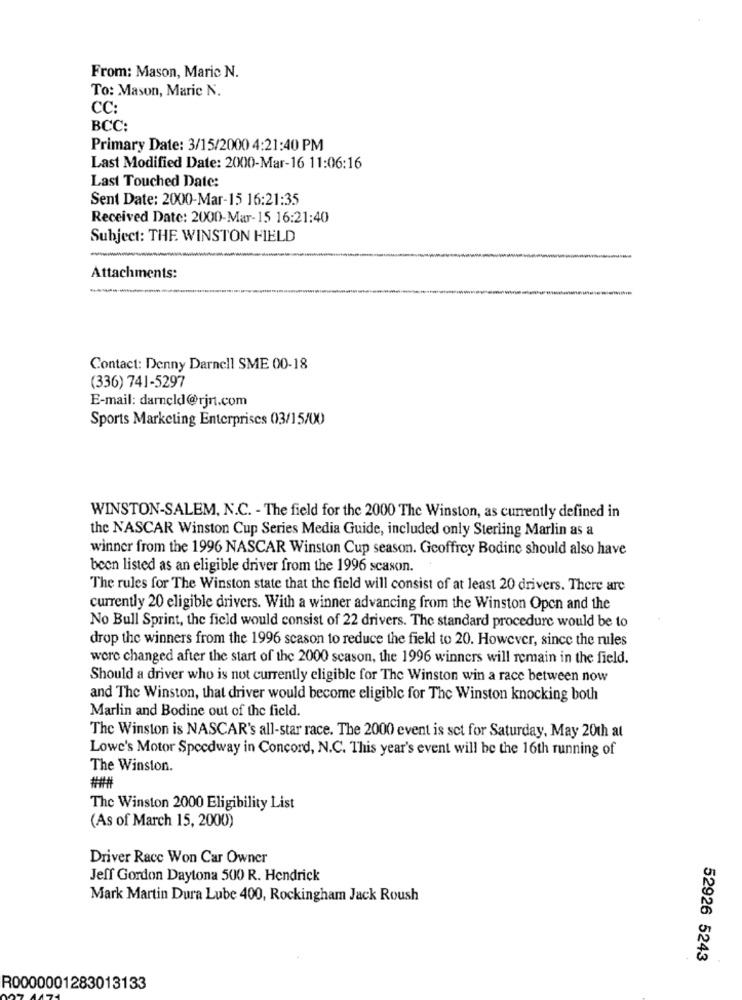
From: Mason, Maric N.
To: Mason, Maric N.
CC:
BCC:
Primary Date: 3/15/2000 4:21:40 PM
Last Modified Date: 2000-Mar-16 11:06:16
Last Touched Date:
Sent Date: 2000-Mar-15 16:21:35
Received Date: 2000-Mar-15 16:21:40
Subject: THE. WINSTON FIELD
Attachments:
Contact: Denny Darnell SME 00-18
(336) 741-5297
E-mail: darncld@rjn.com
Sports Marketing Enterprises 03/15/00
WINSTON-SALEM, N.C. - The field for the 2000 The Winston, as currently defined in
the NASCAR Winston Cup Series Media Guide, included only Sterling Marlin as a
winner from the 1996 NASCAR Winston Cup season. Geoffrey Bodinc should also have
been listed as an eligible driver from the 1996 scason.
The rules for The Winston state that the field will consist of at least 20 drivers. There are
currently 20 eligible drivers. With a winner advancing from the Winston Open and the
No Bull Sprint, the field would consist of 22 drivers. The standard procedure would be to
drop the winners from the 1996 scason to reduce the field to 20. However, since the rules
were changed after the start of the 2000 season, the 1996 winners will remain in the field.
Should a driver who is not currently eligible for The Winston win a race between now
and The Winston, that driver would become eligible for The Winston knocking both
Marlin and Bodine out of the field.
The Winston is NASCAR's all-star race. The 2000 event is set for Saturday, May 20th at
Lowe's Motor Speedway in Concord, N.C. This year's event will be the 16th running of
The Winston.
The Winston 2000 Eligibility List
(As of March 15, 2000)
Driver Racc Won Car Owner
Jeff Gordon Daytona 500 R. Hendrick
Mark Martin Dura Lube 400, Rockingham Jack Roush
52926 5243
R0000001283013133